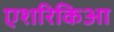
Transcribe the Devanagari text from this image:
एशरिकिआ